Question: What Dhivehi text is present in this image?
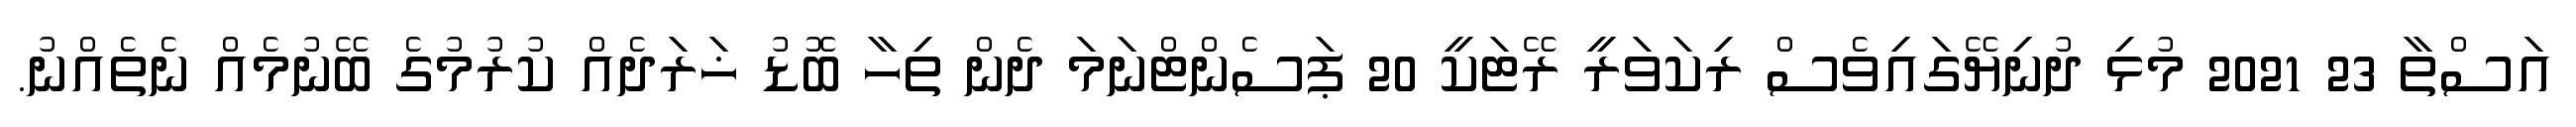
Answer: އަސްތާ 23 2021 މުޅި ދުނިޔޭގައިވެސް ރިކަވަރީ ރޭޓަކީ 20 ޕަސެންޓްނަމަ ދެން ތިހާ ބޮޑު ޚަރަދެއް ކުރުމުގެ ބޭނުމެއް ނެތެއްނު.